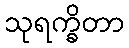
သုရက္ခိတာ